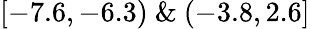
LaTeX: [-7.6,-6.3)\ \& \ (-3.8,2.6]